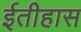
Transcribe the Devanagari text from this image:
ईतीहास